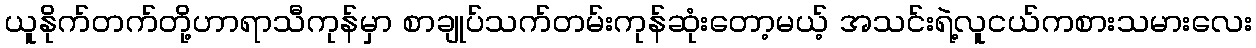
ယူနိုက်တက်တို့ဟာရာသီကုန်မှာ စာချုပ်သက်တမ်းကုန်ဆုံးတော့မယ့် အသင်းရဲ့လူငယ်ကစားသမားလေး